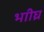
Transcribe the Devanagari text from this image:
भाीघ्र